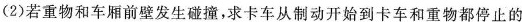
(2)若重物和车厢前壁发生碰撞，求卡车从制动开始到卡车和重物都停止的